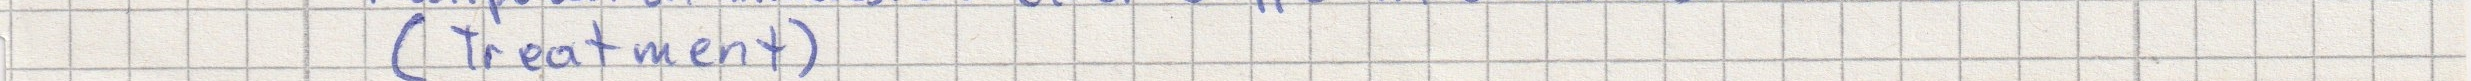
(Treatment)